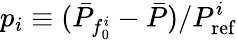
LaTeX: p_{i}\equiv(\bar{P}_{f_{0}^{i}}-\bar{P})/P_{\mathrm{ref}}^{i}